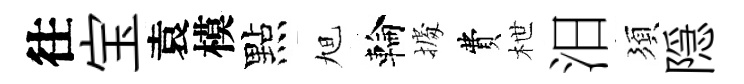
往宝袁模點旭輪𢴃費枻汨須隠